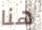
هنا